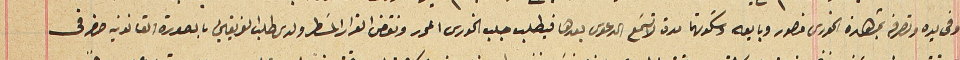
وفي يده وتصرفه بمشاهدة الخورى منصور وبايعه وسَكوتهما مدة لاتسَمع الدعوى بعدها فيطلب جلب الخورى المحرر ونقض القرار المسَطر ولدى طلب الفريقين بالصورة القانونية حضر فى